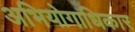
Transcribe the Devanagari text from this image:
अभियोगाधिकार